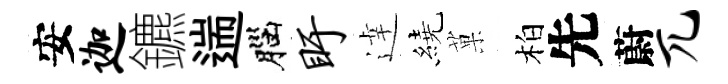
安迦鑣遄腦盱逹繞菓柏先蔚兀